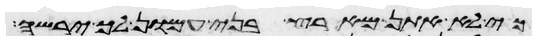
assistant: כי לא אתן מארץ בני עמון לך ירשה